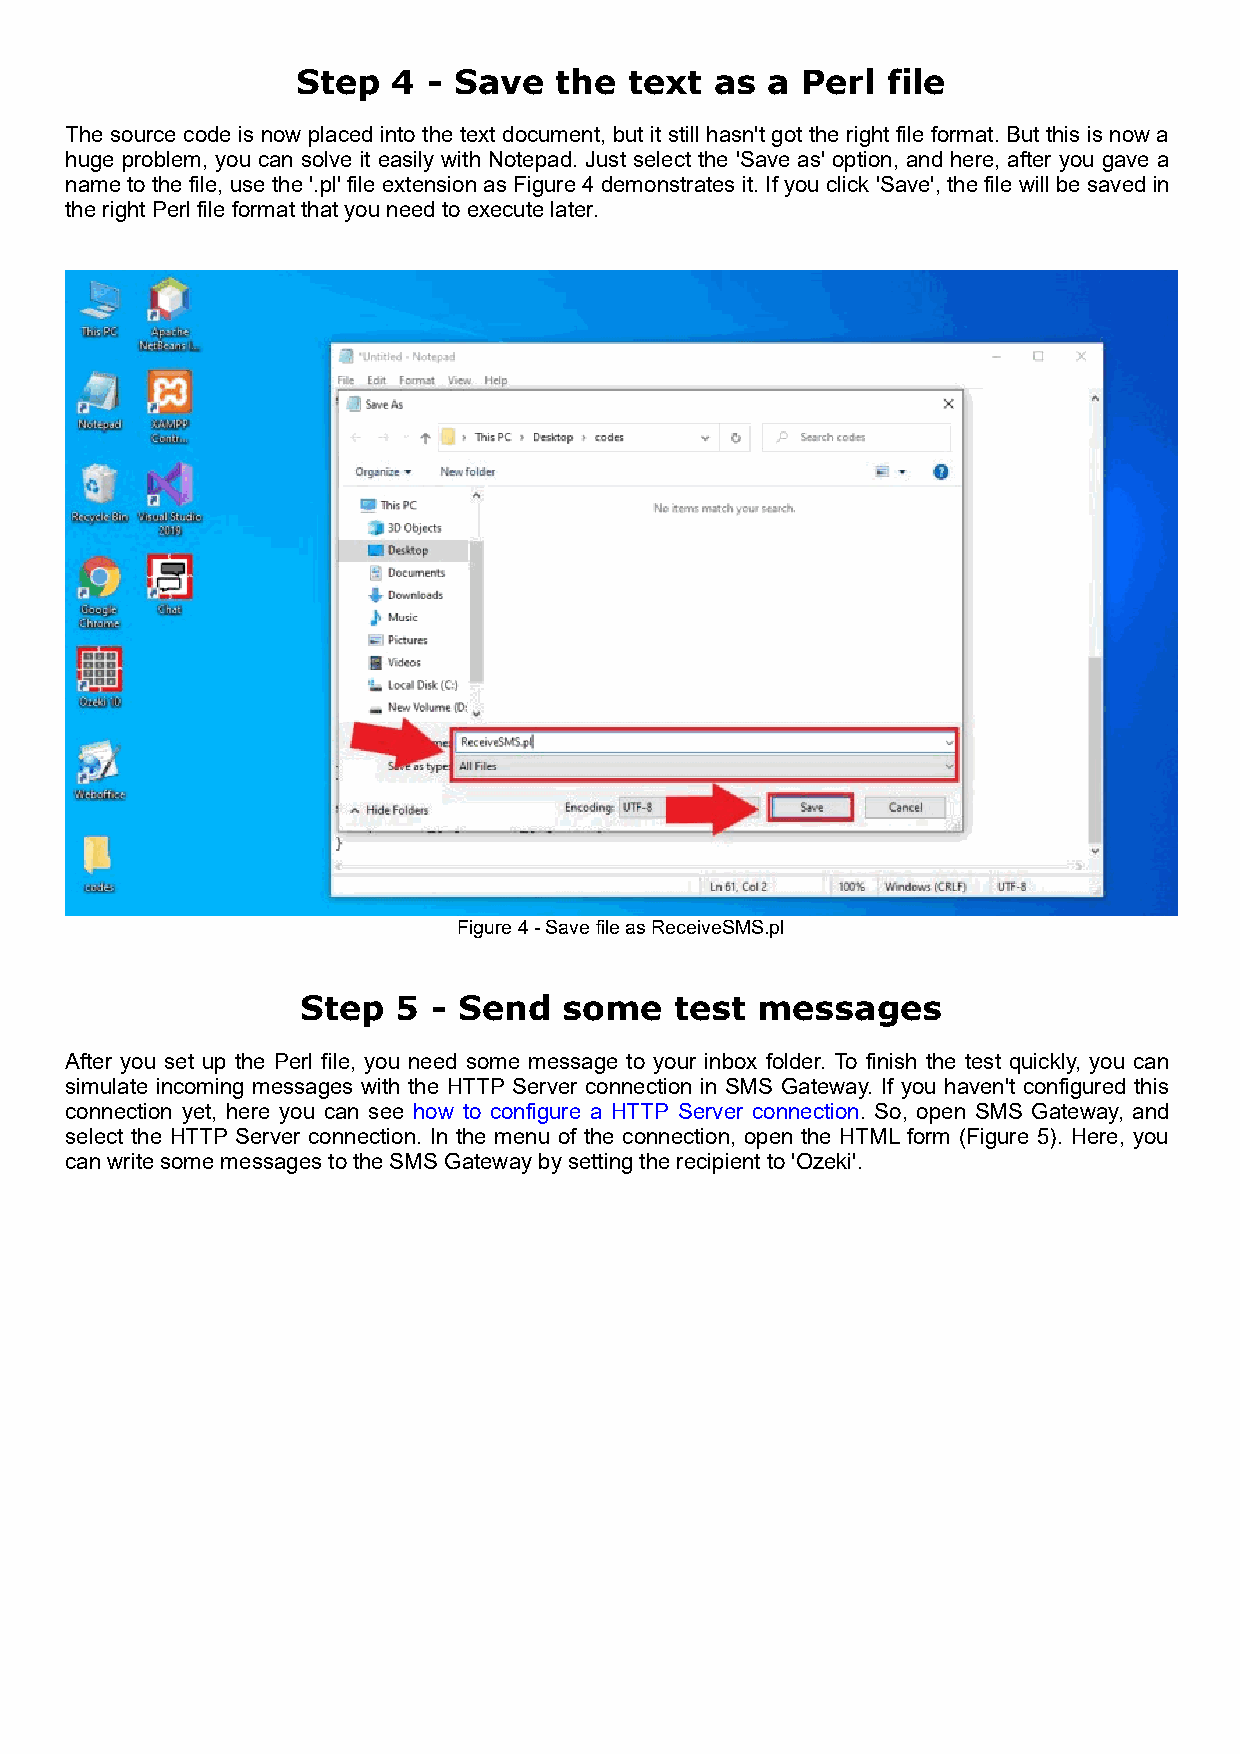
Step  4 - Save   the  text as  a Perl  file
 The source code is now placed into the text document, but it still hasn't got the right file format. But this is now a
 huge problem, you can solve it easily with Notepad. Just select the 'Save as' option, and here, after you gave a
 name to the file, use the '.pl' file extension as Figure 4 demonstrates it. If you click 'Save', the file will be saved in
 the right Perl file format that you need to execute later.
 Figure 4 - Save file as ReceiveSMS.pl
 Step  5  - Send  some    test messages
 After you set up the Perl file, you need some message to your inbox folder. To finish the test quickly, you can
 simulate incoming messages with the HTTP Server connection in SMS Gateway. If you haven't configured this
 connection yet, here you can see how to configure a HTTP Server connection. So, open SMS Gateway, and
 select the HTTP Server connection. In the menu of the connection, open the HTML form (Figure 5). Here, you
 can write some messages to the SMS Gateway by setting the recipient to 'Ozeki'.